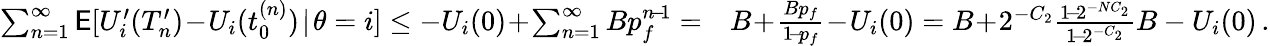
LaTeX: \begin{array}{rl}{\sum_{n=1}^{\infty}\mathsf{E}[U_{i}^{\prime}(T_{n}^{\prime})\! -\! U_{i}(t_{0}^{(n)})\! \mid\! \theta=i]\le-U_{i}(0)\! +\! \sum_{n=1}^{\infty}Bp_{f}^{n\! -\! 1}=}&{B\! +\! \frac{Bp_{f}}{1\! -\! p_{f}}\! -\! U_{i}(0)=B\! +\! 2^{-C_{2}}\frac{1\! -\! 2^{-NC_{2}}}{1\! -\! 2^{-C_{2}}}B-U_{i}(0)\, .}\end{array}